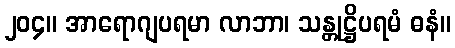
၂၀၄။ အာရောဂျပရမာ လာဘာ၊ သန္တုဋ္ဌိပရမံ ဓနံ။